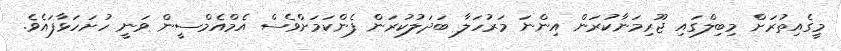
މީގެއިތުރަށް މިބިލްގައި ޖޫރިމަނާކުރަން އިންނަ މަރުހަލާ ބަދަލުކުރަން ފެންކަމަށްވެސް އެމްއެމްސީން ވަނީ ހުށަހަޅާފައެވެ.